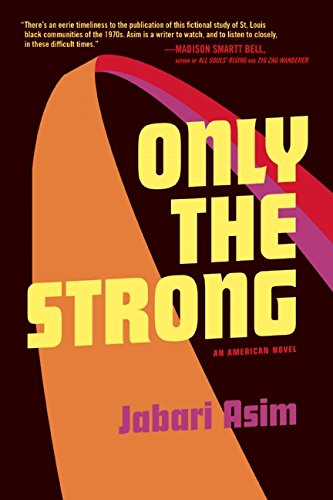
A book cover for Only the Strong; Jabari Asim; Literature & Fiction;